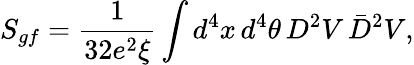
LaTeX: S_{gf}=\frac{1}{32e^{2}\xi}\int d^{4}x\, d^{4}\theta\, D^{2}V\, \bar{D}^{2}V,